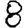
Digit: 8